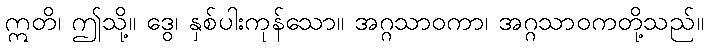
ဣတိ၊ ဤသို့။ ဒွေ၊ နှစ်ပါးကုန်သော။ အဂ္ဂသာဝကာ၊ အဂ္ဂသာဝကတို့သည်။